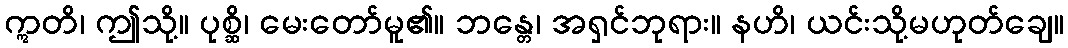
ဣတိ၊ ဤသို့။ ပုစ္ဆိ၊ မေးတော်မူ၏။ ဘန္တေ၊ အရှင်ဘုရား။ နဟိ၊ ယင်းသို့မဟုတ်ချေ။